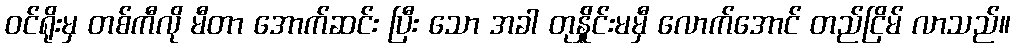
ဝင်ရိုးမှ တစ်ကီလို မီတာ အောက်ဆင်း ပြီး သော အခါ တုန်ှိုင်းမမှီ လောက်အောင် တည်ငြိမ် လာသည်။